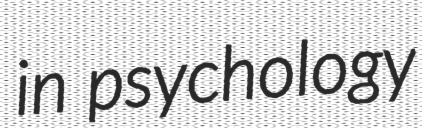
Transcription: in psychology